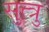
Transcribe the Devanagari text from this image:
सुत्त्रु